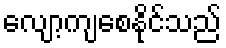
လျော့ကျစေနိုင်သည်